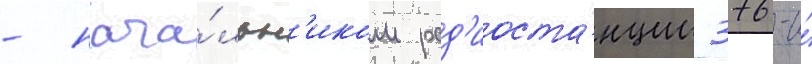
- нача́льн'иком рад'иоста́нции 376-и́